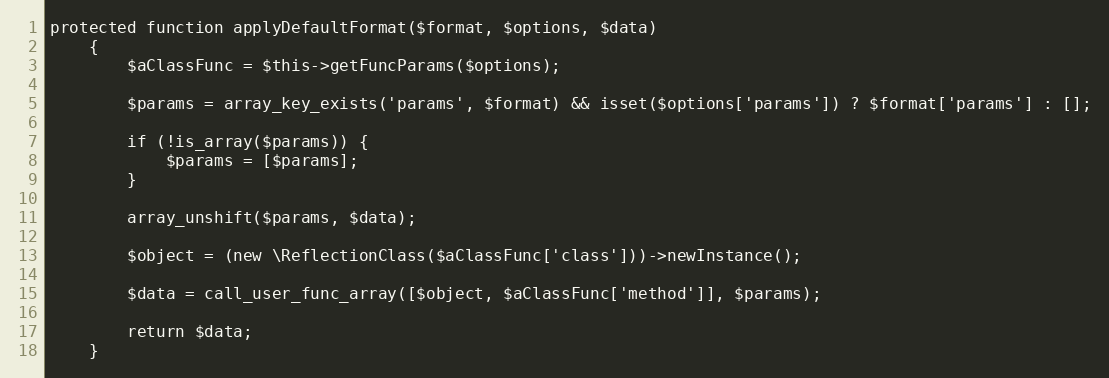
Language: PHP
protected function applyDefaultFormat($format, $options, $data)
    {
        $aClassFunc = $this->getFuncParams($options);

        $params = array_key_exists('params', $format) && isset($options['params']) ? $format['params'] : [];

        if (!is_array($params)) {
            $params = [$params];
        }

        array_unshift($params, $data);

        $object = (new \ReflectionClass($aClassFunc['class']))->newInstance();

        $data = call_user_func_array([$object, $aClassFunc['method']], $params);

        return $data;
    }